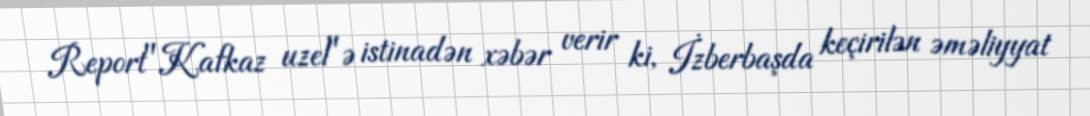
Report"Kafkaz uzel"ə istinadən xəbər verir ki, İzberbaşda keçirilən əməliyyat